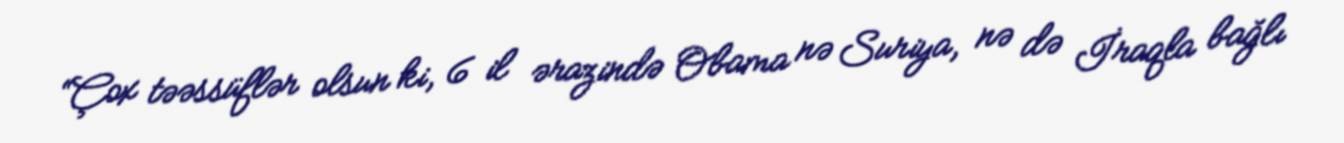
“Çox təəssüflər olsun ki, 6 il ərazində Obama nə Suriya, nə də İraqla bağlı